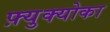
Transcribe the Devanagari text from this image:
फ़्युक्योका